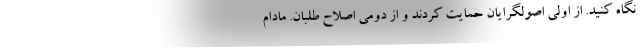
نگاه کنید. از اولی اصولگرایان حمایت کردند و از دومی اصلاح طلبان. مادام